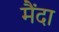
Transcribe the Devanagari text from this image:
मैंदा